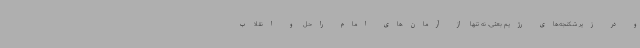
و در زیر شکنجه‌های رژیم بعثی، نه تنها از آرمان‌های امام راحل و انقلاب